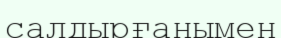
салдырғанымен